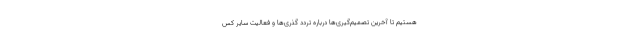
هستیم تا آخرین تصمیم‌گیری‌ها درباره تردد گذری‌ها و فعالیت سایر کس